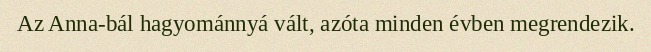
Az Anna-bál hagyománnyá vált, azóta minden évben megrendezik.